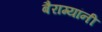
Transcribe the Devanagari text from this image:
बैराग्यांनी